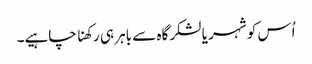
اُس کو شہر یا لشکرگاہ سے باہر ہی رکھنا چاہیے۔